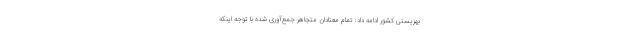
بهزیستی کشور ادامه داد: تمام معتادان متجاهر جمع‌آوری شده با توجه اینکه